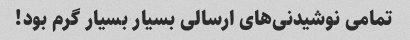
تمامی نوشیدنی‌های ارسالی بسیار بسیار گرم بود!